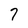
Character: 7